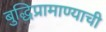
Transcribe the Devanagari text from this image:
बुद्धिप्रामाण्याची